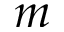
m